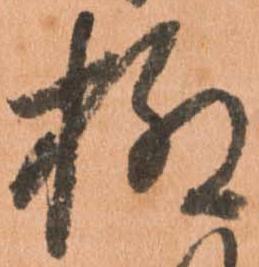
柳